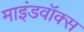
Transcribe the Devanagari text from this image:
माइंडवॉक्स